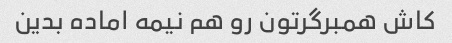
کاش همبرگرتون رو هم نیمه اماده بدین